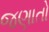
જણાતો